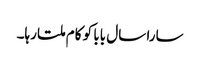
سارا سال بابا کو کام ملتا رہا۔